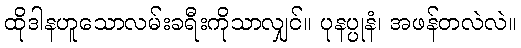
ထိုဒါနဟူသောလမ်းခရီးကိုသာလျှင်။ ပုနပ္ပုနံ၊ အဖန်တလဲလဲ။